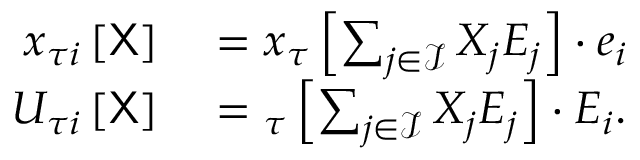
\begin{array} { r l } { { x } _ { \tau i } \left[ \sf X \right] } & { { } = { \u { x } } _ { \u { \tau } } \left[ \sum _ { j \in \mathcal { I } } X _ { j } \boldsymbol { E } _ { j } \right] \cdot \boldsymbol { e } _ { i } } \\ { { U } _ { \tau i } \left[ \sf X \right] } & { { } = { \u { U } } _ { \u { \tau } } \left[ \sum _ { j \in \mathcal { I } } X _ { j } \boldsymbol { E } _ { j } \right] \cdot \boldsymbol { E } _ { i } . } \end{array}